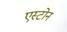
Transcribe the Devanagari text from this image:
एस्टोन